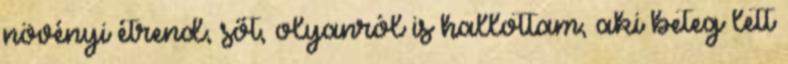
növényi étrend, sőt, olyanról is hallottam, aki beteg lett